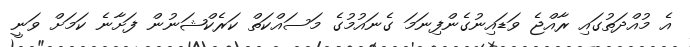
އެ މުއްދަތުގައި ރާއްޖެ ވަޑައިނުގެންފިނަމަ ގެނައުމުގެ މަސައްކަތް ކަރެކްޝަނުން ފަށާނެ ކަމަށް ވަނީ